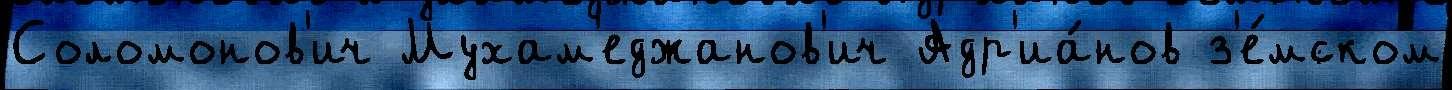
Соломонов'ич Мухам'еджанов'ич Адр'иа́нов з'е́мском